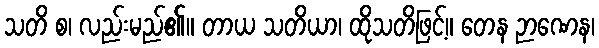
သတိ စ၊ လည်းမည်၏။ တာယ သတိယာ၊ ထိုသတိဖြင့်။ တေန ဉာဏေန၊